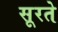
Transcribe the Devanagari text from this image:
सूरते